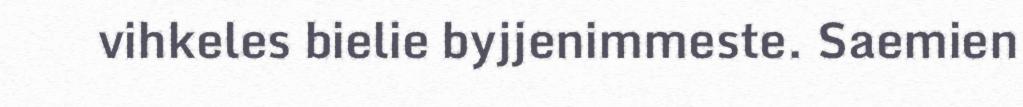
vihkeles bielie byjjenimmeste. Saemien